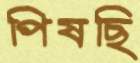
পিষছি